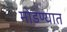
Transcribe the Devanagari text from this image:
मोडण्यात